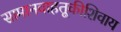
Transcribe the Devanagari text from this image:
सामानवाहतूकीशिवाय